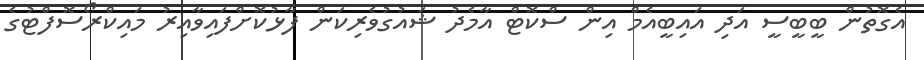
އެގޮތުން ބީބީސީ އަދި އައިބީއެމް އިން ސްކޮޓް އާމެދު ޝައުގުވެރިކަން ފާޅުކޮށްފައިވާއިރު މައިކްރޯސޮފްޓުގެ